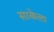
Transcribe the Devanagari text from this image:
साकेला